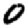
Digit: 0